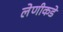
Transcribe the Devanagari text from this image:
लेणीकडे